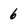
Character: 6